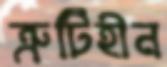
ত্রুটিহীন